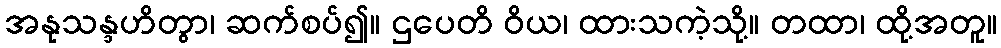
အနုသန္ဒဟိတွာ၊ ဆက်စပ်၍။ ဌပေတိ ဝိယ၊ ထားသကဲ့သို့။ တထာ၊ ထို့အတူ။